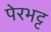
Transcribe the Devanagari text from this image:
पेरभट्ट